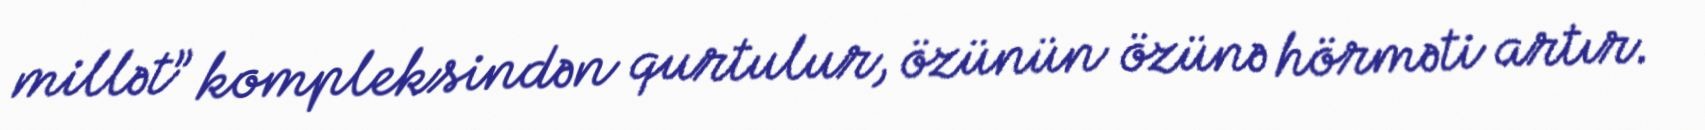
millət” kompleksindən qurtulur, özünün özünə hörməti artır.